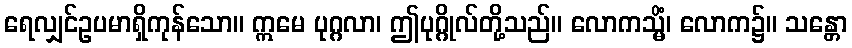
ရေလျှင်ဥပမာရှိကုန်သော။ ဣမေ ပုဂ္ဂလာ၊ ဤပုဂ္ဂိုလ်တို့သည်။ လောကသ္မိံ၊ လောက၌။ သန္တော